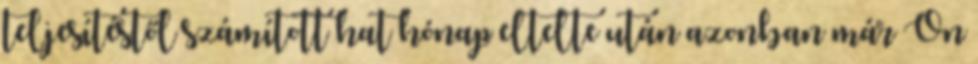
teljesítéstől számított hat hónap eltelte után azonban már Ön